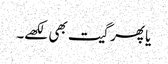
یا پھر گیت بھی لکھے۔